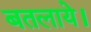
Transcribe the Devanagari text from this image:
बतलाये।